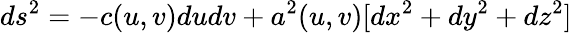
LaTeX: ds^{2}=-c(u,v)dudv+a^{2}(u,v)[dx^{2}+dy^{2}+dz^{2}]